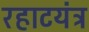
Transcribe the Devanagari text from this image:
रहाटयंत्र